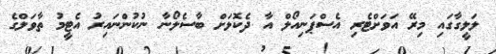
ލަލީގާގައި މިރޭ އަވަށްޓެރި އެސްޕަނިއޯލް އާ ދެކޮޅަށް ބާސެލޯނާ ނުކުންނައިރު އެޓީމު ތާވަލްގެ